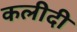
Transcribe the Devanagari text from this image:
कलीदी